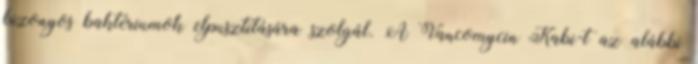
bizonyos baktériumok elpusztítására szolgál. A Vancomycin Kabi-t az alábbi